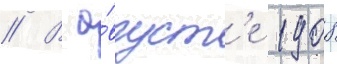
// В а́вгуст'е 1908